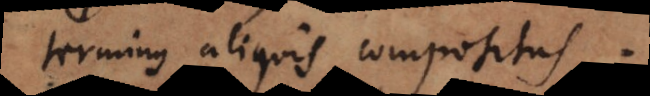
terminus aliquis compositus.